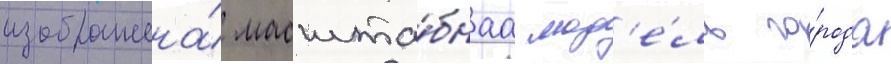
изображена́ масшта́бнаа мод'е́ль го́рода